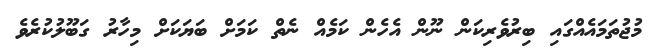
މުޖުތަމައެއްގައި ބިރުވެރިކަން ނޫން އެހެން ކަމެއް ނެތް ކަމަށް ބަޔަކަށް މިހާރު ގަބޫލުކުރެވެ